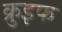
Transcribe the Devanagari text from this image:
क्रुइफ